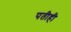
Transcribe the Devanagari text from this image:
पतीही